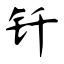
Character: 钎